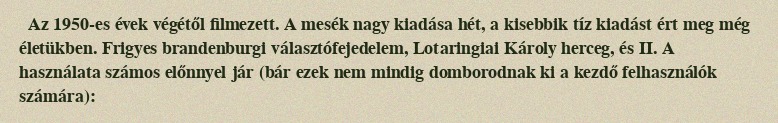
Az 1950-es évek végétől filmezett. A mesék nagy kiadása hét, a kisebbik tíz kiadást ért meg még életükben. Frigyes brandenburgi választófejedelem, Lotaringiai Károly herceg, és II. A használata számos előnnyel jár (bár ezek nem mindig domborodnak ki a kezdő felhasználók számára):